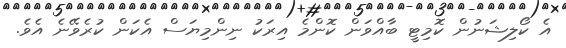
އެ ކޯލިޝަނުން ކޮމިޓީ ބާއްވަން ކޮންމެ އިރަކު ނިންމިޔަސް އެކަން ކުރެވޭނެ އެވެ.